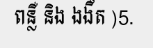
ពន្លឺ និង ងងឹត )5.